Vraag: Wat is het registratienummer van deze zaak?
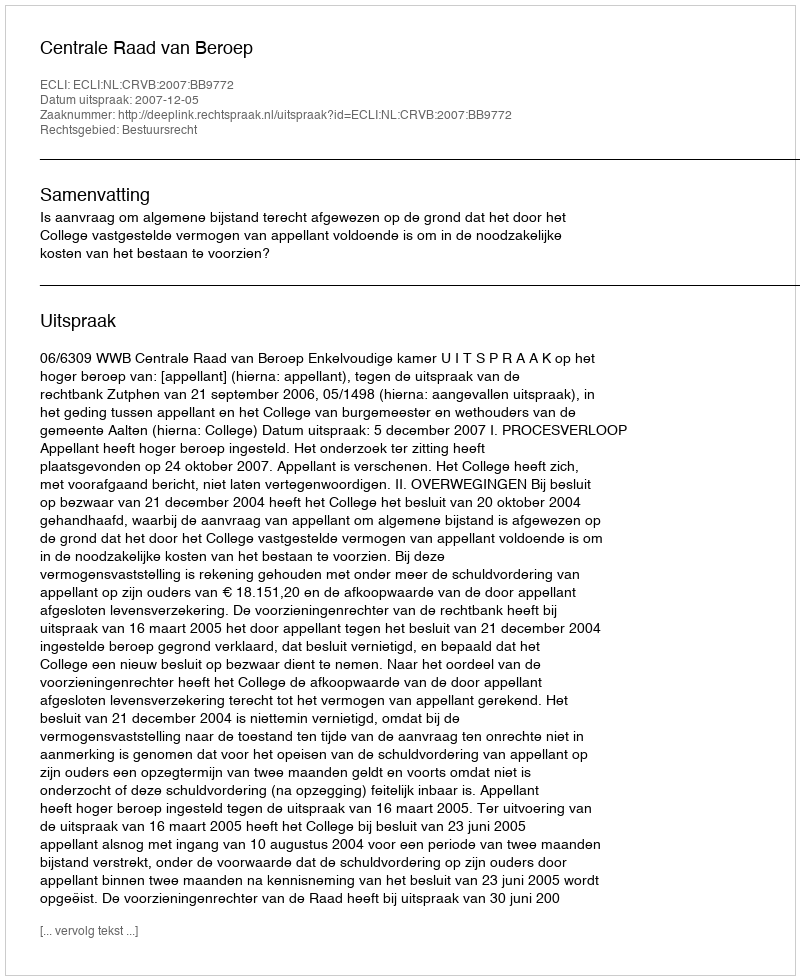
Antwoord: http://deeplink.rechtspraak.nl/uitspraak?id=ECLI:NL:CRVB:2007:BB9772